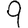
Digit: 9